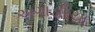
અગાડરિયા